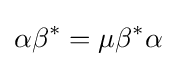
\alpha \beta ^{*}=\mu \beta ^{*}\alpha